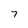
Character: 7